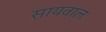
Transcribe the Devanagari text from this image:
सायवाल